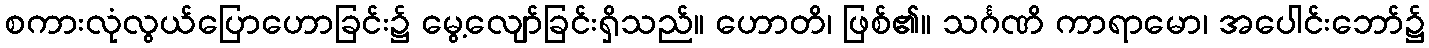
စကားလုံလွယ်ပြောဟောခြင်း၌ မွေ့လျော်ခြင်းရှိသည်။ ဟောတိ၊ ဖြစ်၏။ သင်္ဂဏိ ကာရာမော၊ အပေါင်းဘော်၌